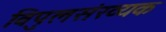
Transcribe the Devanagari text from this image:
विपुलसंख्यक